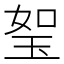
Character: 𤥏